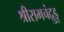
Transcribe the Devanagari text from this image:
श्रीरामचंद्रुडु